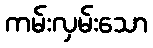
ကမ်းလှမ်းသော